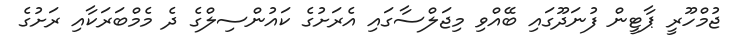
ޖުމްހޫރީ ޕާޓީން ފުނަދޫގައި ބޭއްްވި މިޖަލްސާގައި އެރަށުގެ ކައުންސިލްގެ ދެ މެމްބަރަކާއި ރަށުގެ